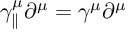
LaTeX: \gamma _ { \parallel } ^ { \mu } \partial ^ { \mu } = \gamma ^ { \mu } \partial ^ { \mu }